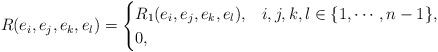
\begin{align*} R(e_i,e_j,e_k,e_l)= \begin{cases} R_1(e_i,e_j,e_k,e_l), & i,j,k,l \in \{1, \cdots, n-1\}, \\ 0, & \end{cases}\end{align*}